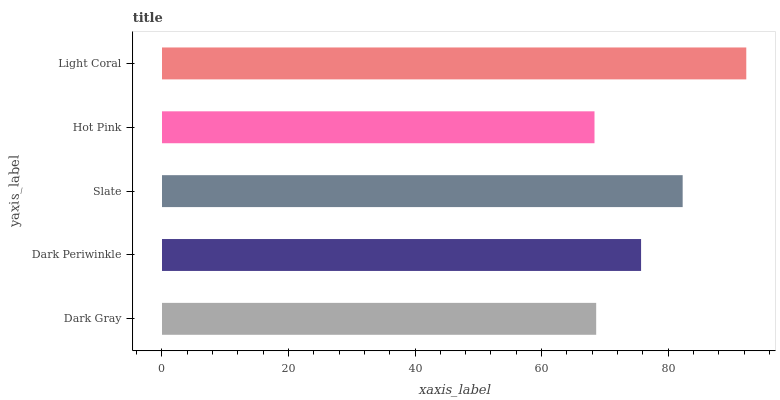
| yaxis_label | bars |
 | --- | --- |
 | Dark Gray | 68.6 |
 | Dark Periwinkle | 75.7 |
 | Slate | 82.3 |
 | Hot Pink | 68.4 |
 | Light Coral | 92.4 |